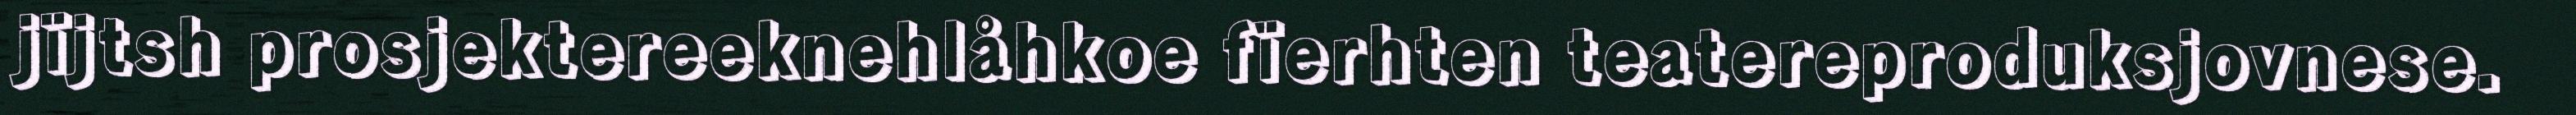
jïjtsh prosjektereeknehlåhkoe fïerhten teatereproduksjovnese.